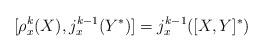
LaTeX: \begin{align*} [\rho_x^k(X), j^{k-1}_x(Y^*)] = j^{k-1}_x([X,Y]^*) \end{align*}